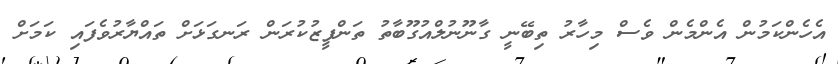
އެހެންކަމުން އެންމެން ވެސް މިހާރު ތިބޭނީ ގާނޫނުލްއުގޫބާތު ތަންފީޒުކުރަން ރަނގަޅަށް ތައްޔާރުވެފައި ކަމަށް